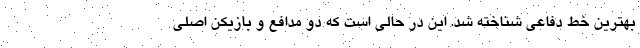
بهترین خط دفاعی شناخته شد. این در حالی است که دو مدافع و بازیکن اصلی